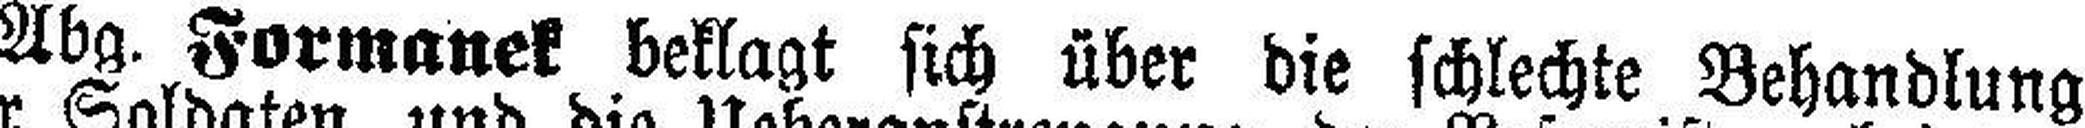
Abg. Formanek beklagt sich über die schlechte Behandlung